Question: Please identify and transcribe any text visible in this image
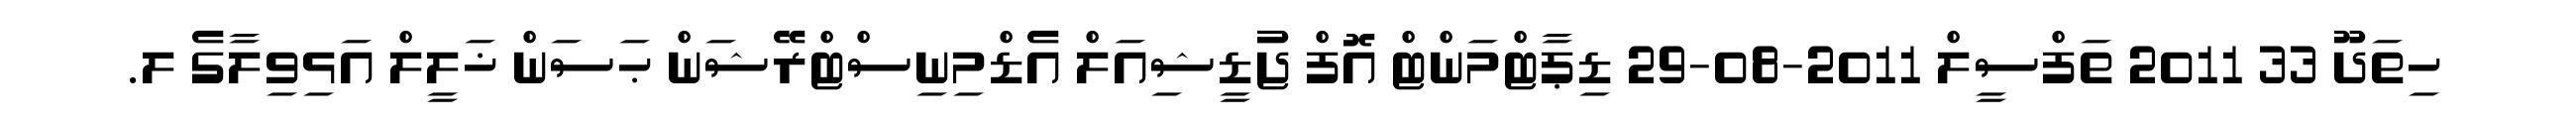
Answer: ހިތަދޫ 33 2011 ތަފްސީލް 2011-08-29 ޑިޕާޓްމަންޓް އޮފް ޖުޑީޝިއަލް އެޑްމިނިސްޓްރޭޝަން ޙަސަން ޚަލީލް އަޅިވިލާގެ ލ.